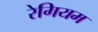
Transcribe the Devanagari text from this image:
रेगियम